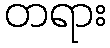
တရား